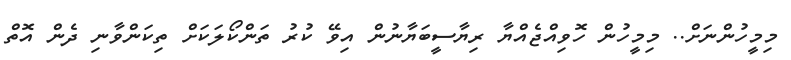
މިމީހުންނަށް.. މިމީހުން ހޮވިއްޖެއްޔާ ރިޔާސީބަޔާނުން އިވޭ ކުރު ތަންކޯލަކަށް ތިކަންވާނި ދެން އޮތް